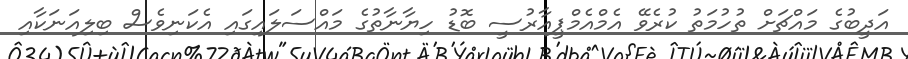
އަދީބުގެ މައްޗަށް ތުހުމަތު ކުރެވޭ އެމްއެމްޕީއާރުސީ ބޮޑު ހިޔާނާތުގެ މައްސަލައިގައި އެކަނިވެސް ބިލިއަނަކާއި